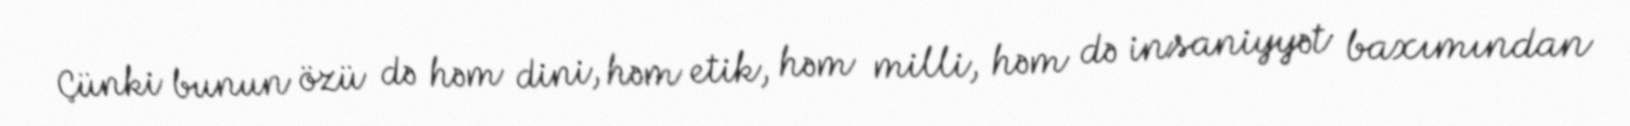
Çünki bunun özü də həm dini, həm etik, həm milli, həm də insaniyyət baxımından